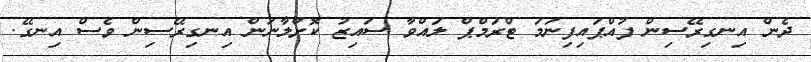
ދެން އިނގިރޭސިން ފުއްޕައިފިނަމަ ޓްރަމްޕް ލައްވާ ސައިޒު ކޮށްލާނަން އިނގިރޭސިން ވެސް އިނގޭ.